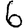
Digit: 6